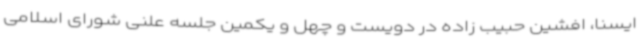
ایسنا، افشین حبیب زاده در دویست و چهل و یکمین جلسه علنی شورای اسلامی